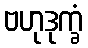
ဗဟုဒုက္ခံ